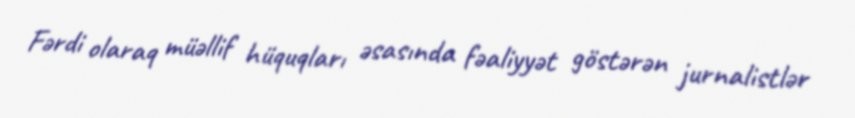
Fərdi olaraq müəllif hüquqları əsasında fəaliyyət göstərən jurnalistlər